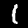
Digit: 1